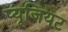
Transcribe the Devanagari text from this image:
प्यूजियट